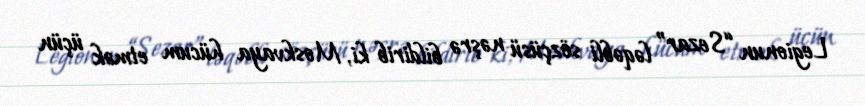
Legionun “Sezar” ləqəbli sözçüsü nəşrə bildirib ki, Moskvaya hücum etmək üçün